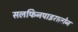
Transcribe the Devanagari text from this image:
सलफिनपाइराज़ोन